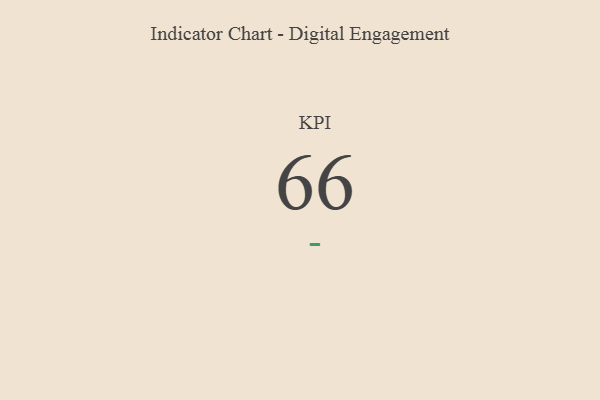
{"axis": {"x": "KPI", "y": "Value"}, "legend": [""], "data": [{"x": "KPI", "y": 66, "type": ""}]}